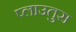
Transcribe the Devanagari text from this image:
प्लाउतुस